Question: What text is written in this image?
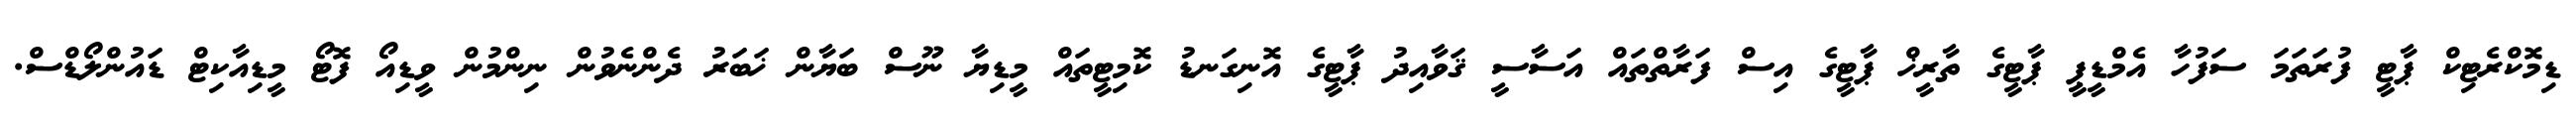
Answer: ޑިމޮކްރެޓިކް ޕާޓީ ފުރަތަމަ ސަފުހާ އެމްޑީޕީ ޕާޓީގެ ތާރީޚް ޕާޓީގެ އިސް ފަރާތްތައް އަސާސީ ޤަވާއިދު ޕާޓީގެ އޮނިގަނޑު ކޮމިޓީތައް މީޑިޔާ ނޫސް ބަޔާން ޚަބަރު ދެންނެވުން ނިންމުން ވީޑިއޯ ފޮޓޯ މީޑިއާކިޓް ޑައުންލޯޑްސް.